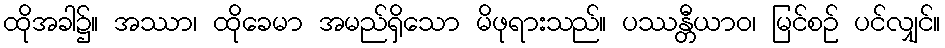
ထိုအခါ၌။ အဿာ၊ ထိုခေမာ အမည်ရှိသော မိဖုရားသည်။ ပဿန္တီယာဝ၊ မြင်စဉ် ပင်လျှင်။